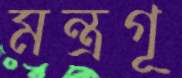
মন্ত্রগূ